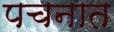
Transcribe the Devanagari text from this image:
पचनात